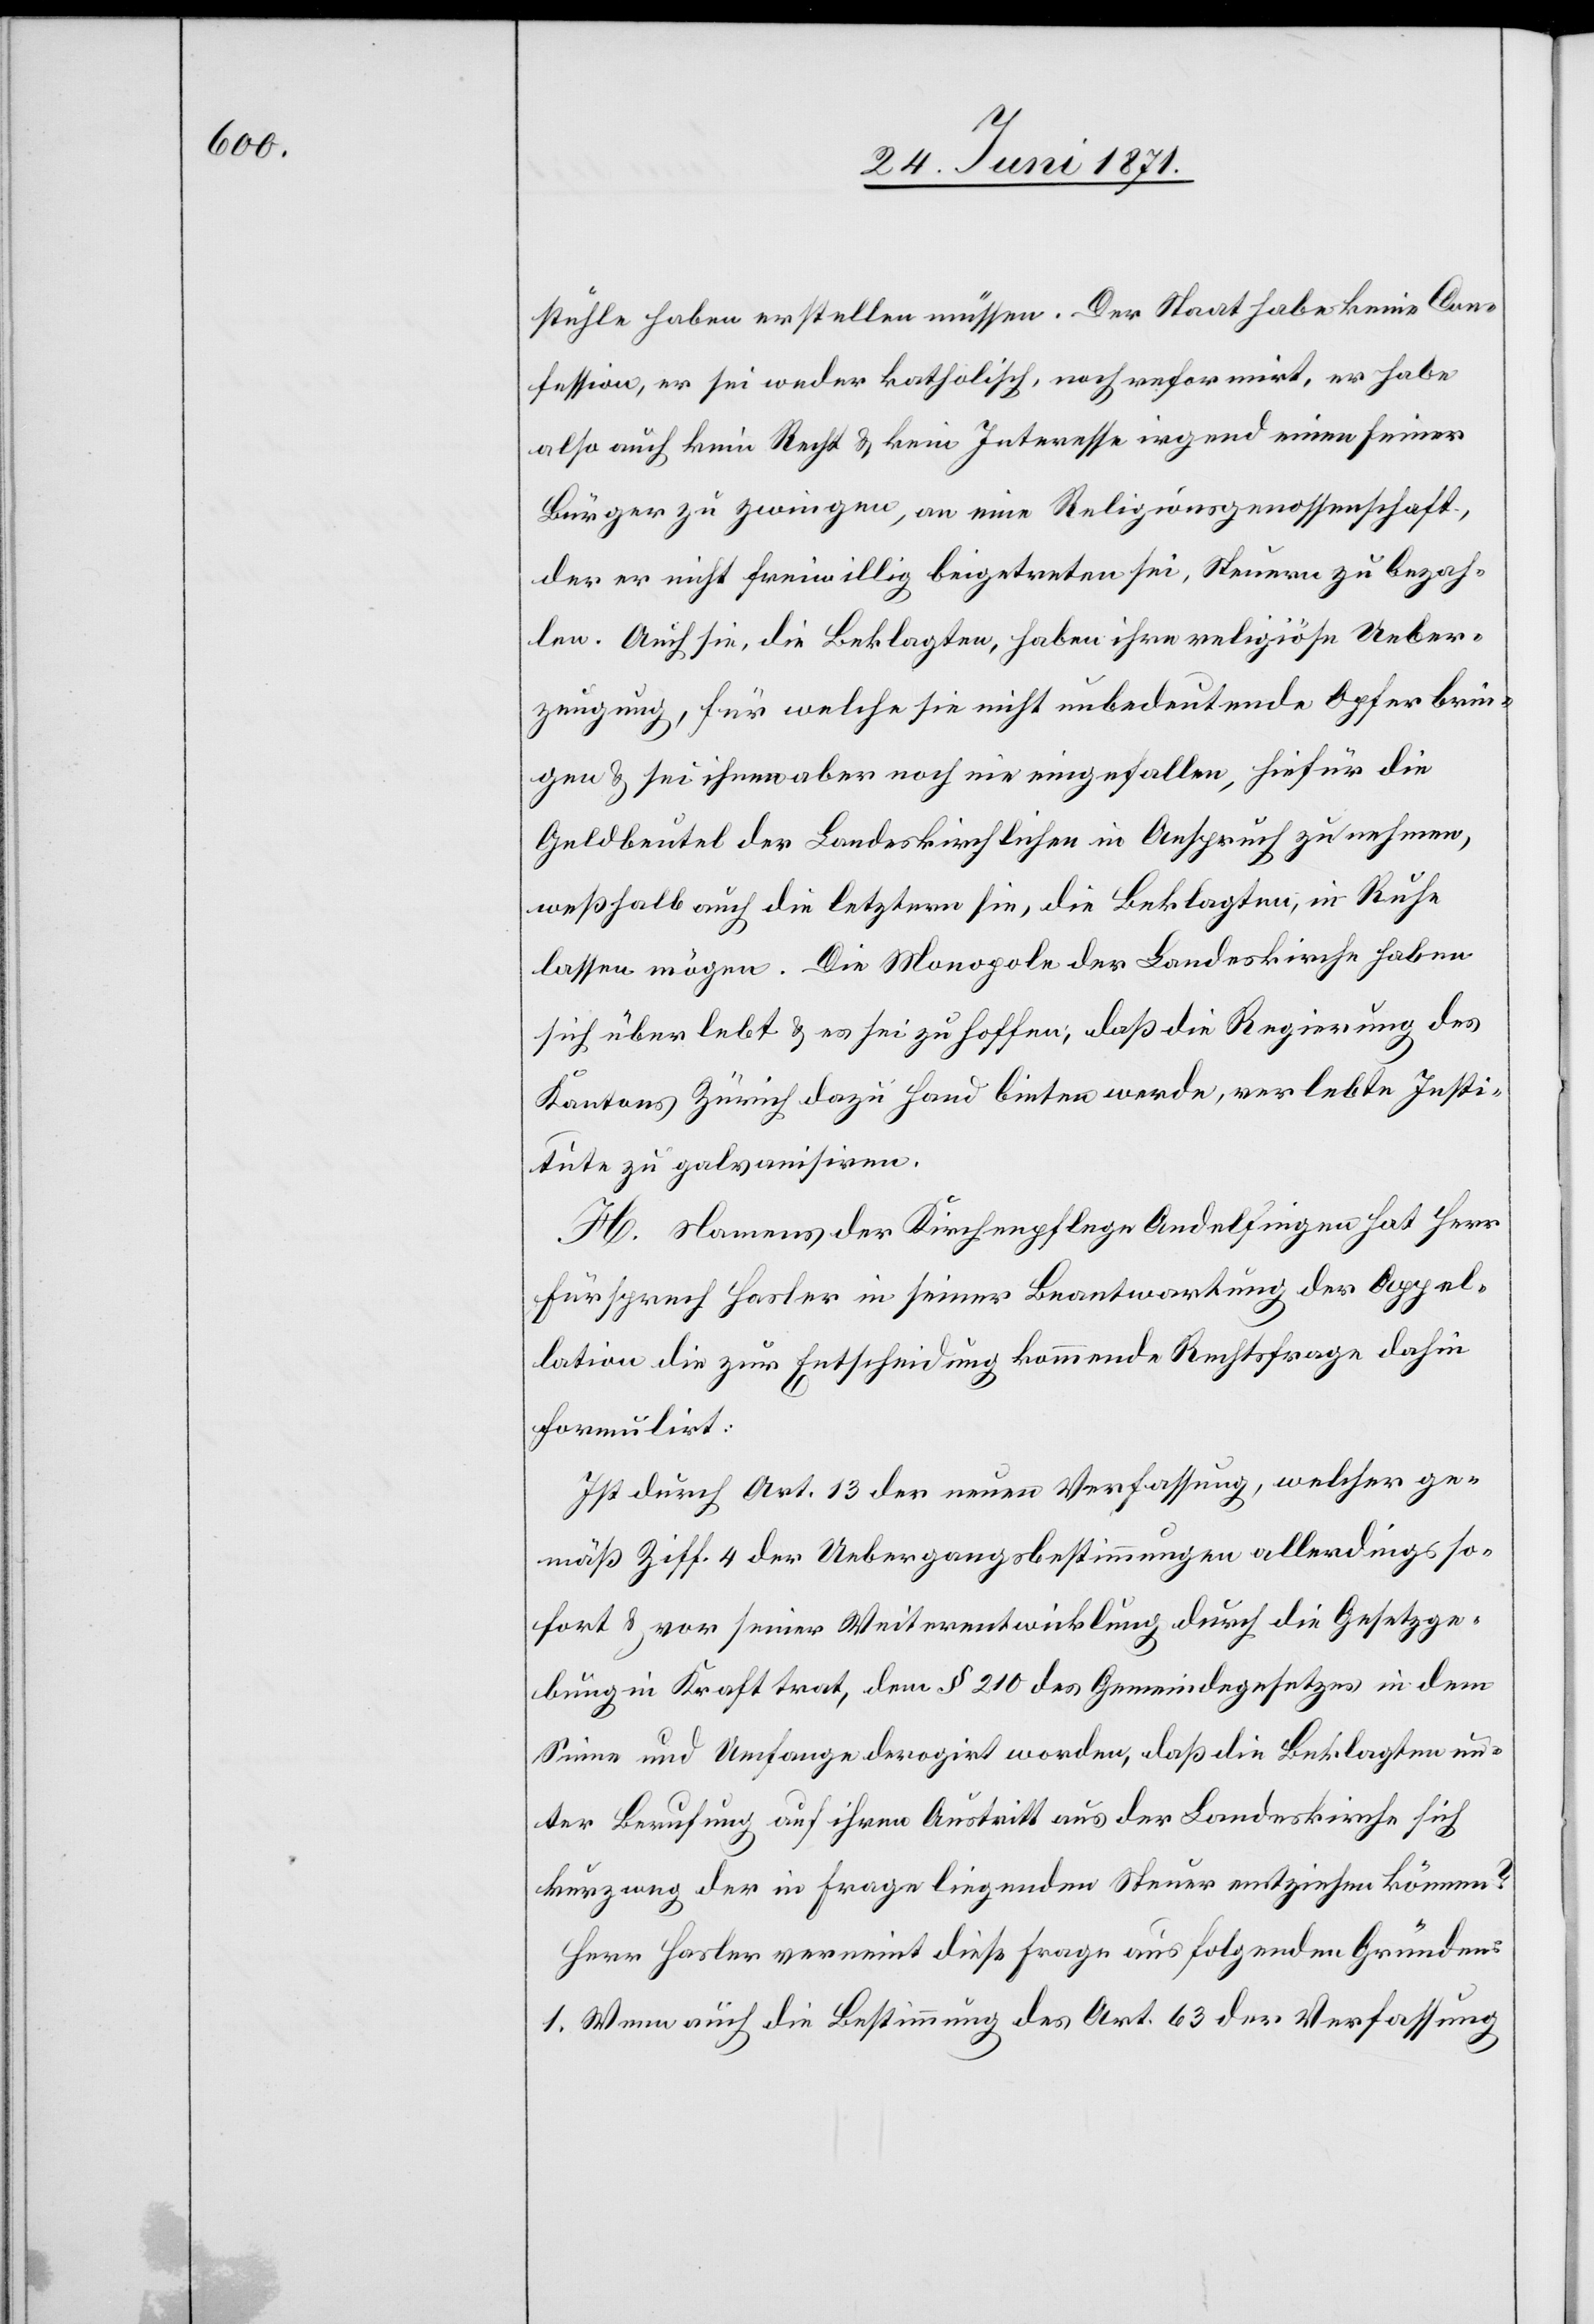
stühle haben erstellen müssen. Der Staat habe keine Con¬
fession, er sei weder katholisch, noch reformirt, er habe
also auch kein Recht u. kein Interesse irgend einen seiner
Bürger zu zwingen, an eine Religionsgenossenschaft,
der er nicht freiwillig beigetreten sei, Steuern zu bezah¬
len. Auch sie, die Beklagten, haben ihre religiöse Ueber¬
zeugung, für welche sie nicht unbedeutende Opfer brin¬
gen u. sei ihnen aber noch nie eingefallen, hiefür die
Geldbeutel der Landeskirchlichen in Anspruch zu nehmen,
weßhalb auch die letztern sie, die Beklagten, in Ruhe
lassen mögen. Die Monopole der Landeskirche haben
sich über lebt [sic!] u. es sei zu hoffen; daß die Regierung des
Kantons Zürich dazu Hand bieten werde, verlebte Insti¬
tute zu galvanisiren.
H. Namens der Kirchenpflege Andelfingen hat Herr
Fürsprech Hasler in seiner Beantwortung der Appel¬
lation die zur Entscheidung kommende Rechtsfrage dahin
formulirt:
Ist durch Art. 13 der neuen Verfassung, welcher ge¬
mäß Ziff. 4 der Uebergangsbestimmungen allerdings so¬
fort u. vor seiner Weiterentwicklung durch die Gesetzge¬
bung in Kraft trat, dem § 210 des Gemeindegesetzes in dem
Sinne und Umfange derogirt worden, daß die Beklagten un¬
ter Berufung auf ihren Austritt aus der Landeskirche sich
kurzweg der in Frage liegenden Steuer entziehen können?
Herr Hasler verneint diese Frage aus folgenden Gründen:
1. Wenn auch die Bestimmung des Art. 63 der Verfassung